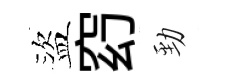
盜𥥆勁